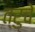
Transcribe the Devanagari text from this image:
त्रुचे